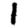
Digit: 1